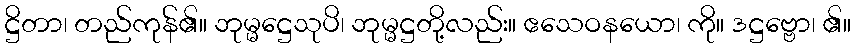
ဋ္ဌိတာ၊ တည်ကုန်၏။ ဘုမ္မဋ္ဌေသုပိ၊ ဘုမ္မဋ္ဌတို့လည်း။ ဧသေဝနယော၊ ကို။ ဒဋ္ဌဗ္ဗော၊ ၏။